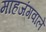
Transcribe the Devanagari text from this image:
माहजंगवाले